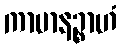
ကာမာနဉ္စာဟံ